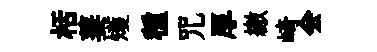
栝萋矱種咒厚繳崎会